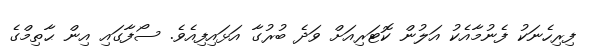
ފިރިހެނަކު ފެނުމާއެކު އަލުން ކޮޓަރިއަށް ވަދެ ބުރުގާ އަޅައިފިއެވެ. ސޯފާގައި އިން ޙާތިމްގެ